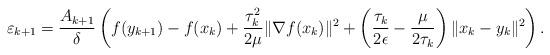
LaTeX: \begin{align*}\varepsilon_{k+1} &= \frac{A_{k+1}}{\delta}\left( f(y_{k+1}) - f(x_k) + \frac{\tau_k^2}{2\mu}\|\nabla f(x_k)\|^{2} +\left(\frac{\tau_k}{2\epsilon} -\frac{\mu }{2\tau_k} \right)\|x_k - y_k\|^2 \right). \end{align*}